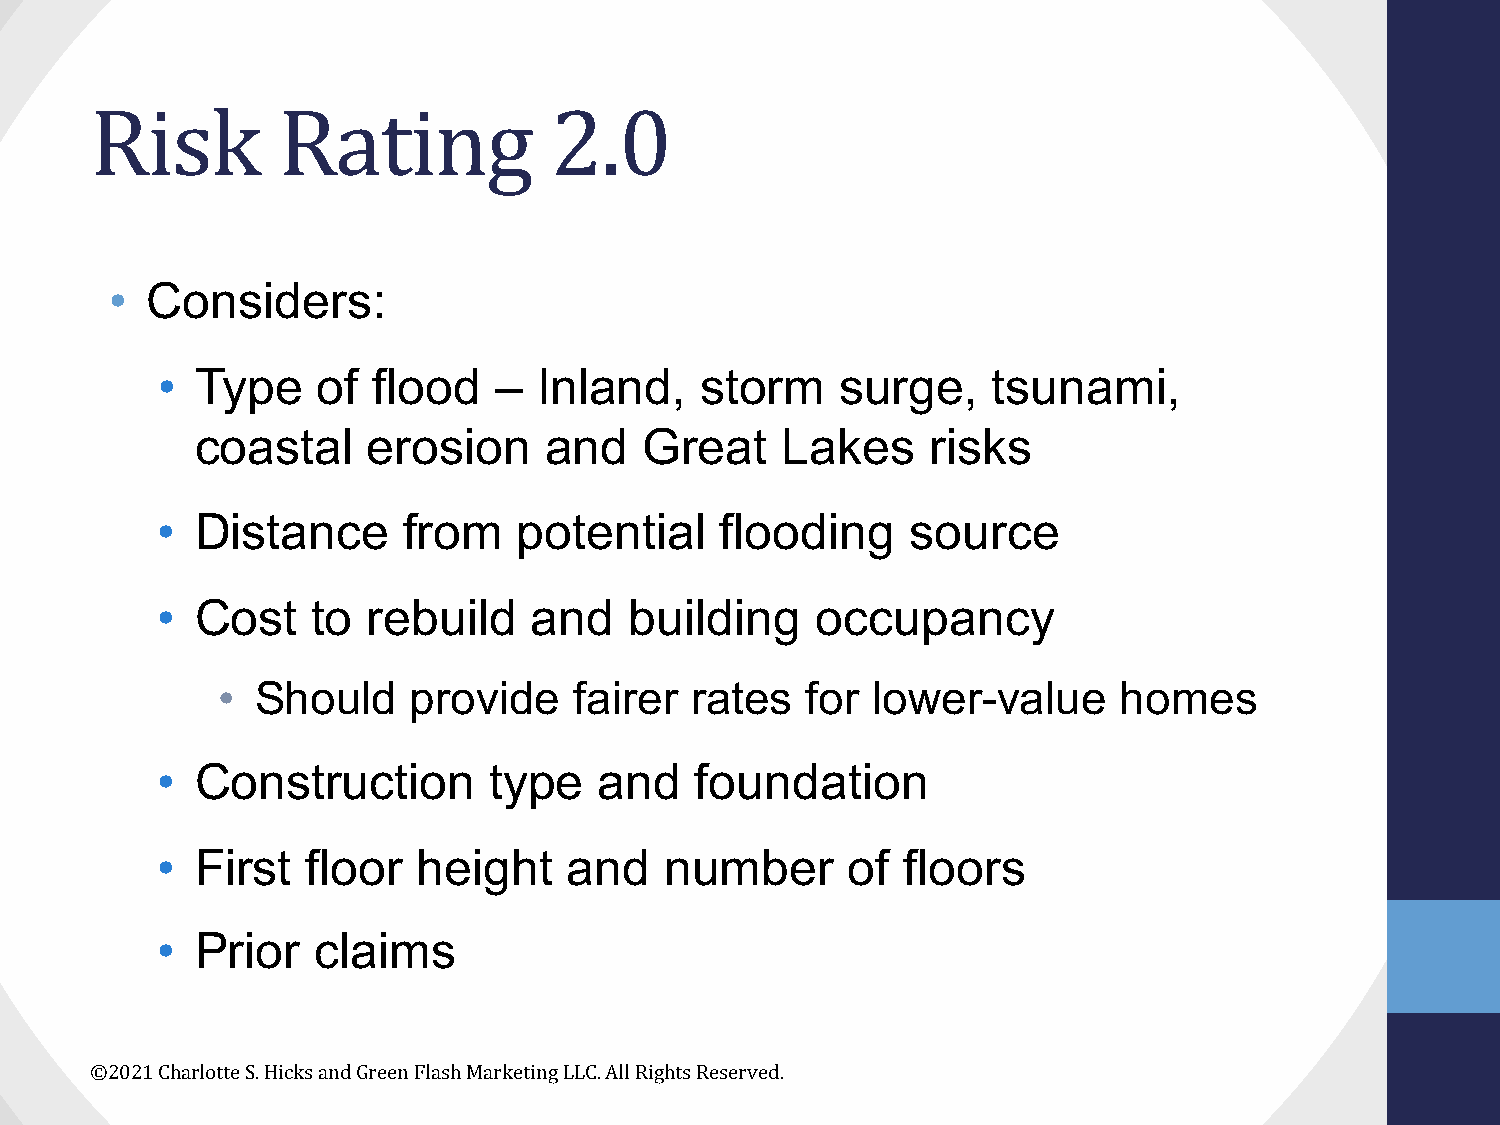
Risk        Rating            2.0
 •  Considers:
 •  Type    of  flood   –  Inland,   storm     surge,    tsunami,
 coastal    erosion     and    Great    Lakes     risks
 •  Distance      from   potential     flooding    source
 •  Cost    to rebuild    and    building    occupancy
 •  Should    provide    fairer  rates  for  lower-value     homes
 •  Construction       type    and   foundation
 •  First  floor   height    and   number      of  floors
 •  Prior   claims
 ©2021 Charlotte S. Hicks and Green Flash Marketing LLC. All Rights Reserved.